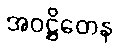
အဝဋ္ဌိတေန